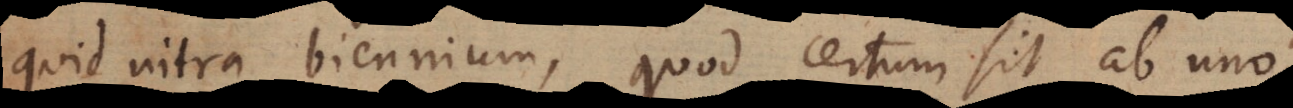
quid intra biennium, quod certum sit ab uno